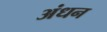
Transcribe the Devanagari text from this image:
अंधन